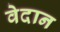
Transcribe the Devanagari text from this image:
वेदान